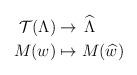
LaTeX: \begin{align*}\begin{aligned} \mathcal{T}(\Lambda)&\to \,\widehat{\Lambda}\\ M(w)&\mapsto M(\widehat{w}) \end{aligned}\end{align*}